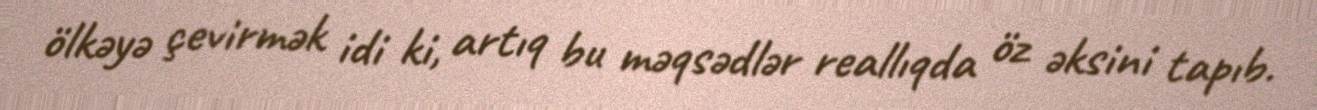
ölkəyə çevirmək idi ki, artıq bu məqsədlər reallıqda öz əksini tapıb.